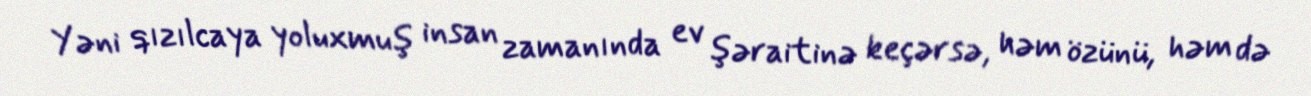
Yəni qızılcaya yoluxmuş insan zamanında ev şəraitinə keçərsə, həm özünü, həm də